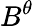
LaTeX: B^{\theta}